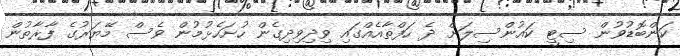
ކަންބޮޑުވުން ސިޓީ ކައުންސިލަށް ދެ ހަފްތާއެއްގައި ވިދިވިދިގެން ހުށަހެޅުމުން ވެސް މޭޔަރުގެ ފާރާތުން